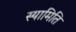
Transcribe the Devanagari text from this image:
स्यामिति